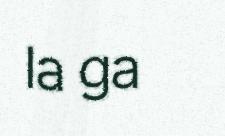
la ga